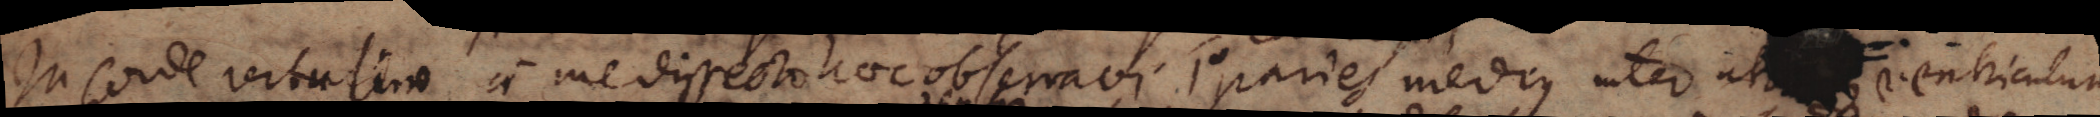
In corde vitulino a me dissecto haec observavi. 1o paries medius inter utxx ventriculum